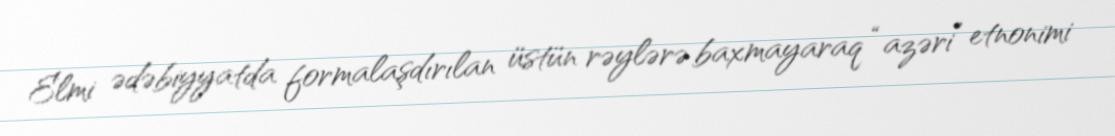
Elmi ədəbiyyatda formalaşdırılan üstün rəylərə baxmayaraq “azəri” etnonimi